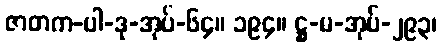
ဇာတက-ပါ-ဒု-အုပ်-၆၄။ ၁၉၄။ ဋ္ဌ-မ-အုပ်-၂၉၃၊